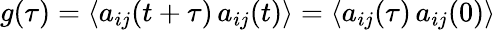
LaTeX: g(\tau)=\langle a_{ij}(t+\tau)\, a_{ij}(t)\rangle=\langle a_{ij}(\tau)\, a_{ij}(0)\rangle